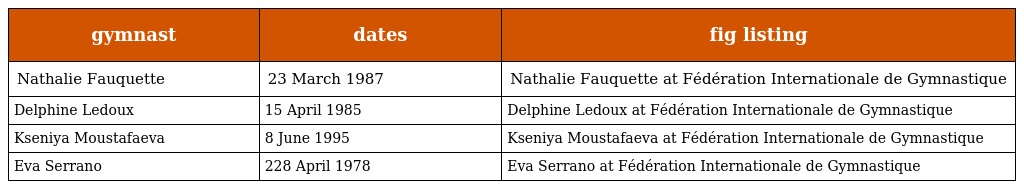
| gymnast | dates | fig listing |
 | --- | --- | --- |
 | Nathalie Fauquette | 23 March 1987 | Nathalie Fauquette at Fédération Internationale de Gymnastique |
 | Delphine Ledoux | 15 April 1985 | Delphine Ledoux at Fédération Internationale de Gymnastique |
 | Kseniya Moustafaeva | 8 June 1995 | Kseniya Moustafaeva at Fédération Internationale de Gymnastique |
 | Eva Serrano | 228 April 1978 | Eva Serrano at Fédération Internationale de Gymnastique |